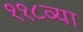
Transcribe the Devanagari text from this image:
११८व्या